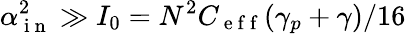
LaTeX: \alpha_{\mathrm{~i~n~}}^{2}\gg I_{0}=N^{2}C_{\mathrm{~e~f~f~}}(\gamma_{p}+\gamma)/16